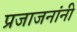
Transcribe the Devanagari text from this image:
प्रजाजनांनी